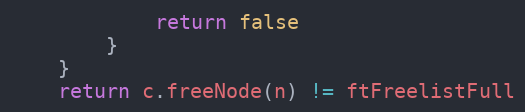
Language: Go
			return false
		}
	}
	return c.freeNode(n) != ftFreelistFull